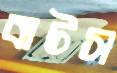
বাটস